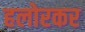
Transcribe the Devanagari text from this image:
हलोरकर